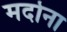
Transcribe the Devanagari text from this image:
मदोना